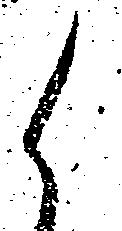
候